Report on the Civil Veterinary Department, Eastern Bengal and Assam - 1907-1911
Year: 1907
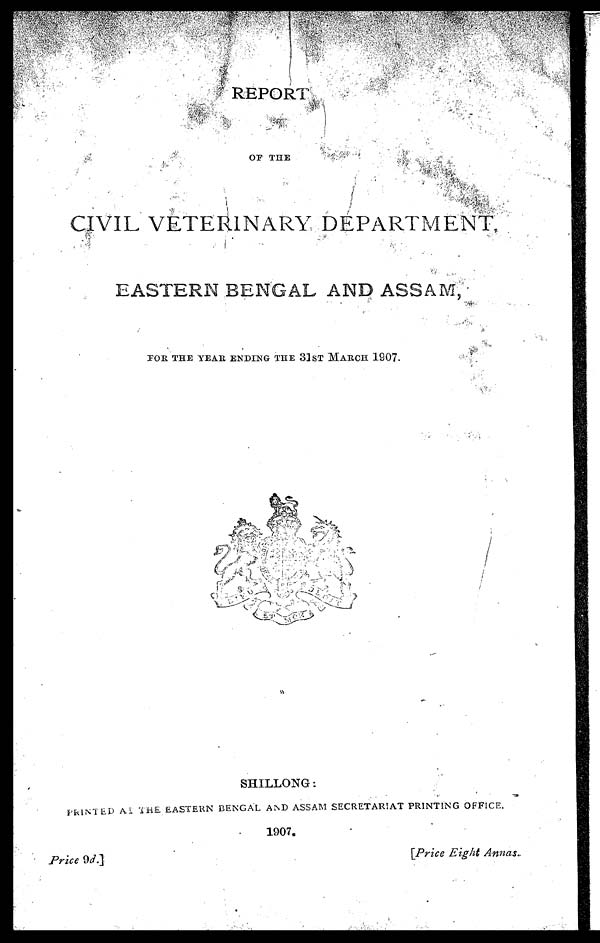
REPORT
OF THE
CIVIL VETERINARY DEPARTMENT,
EASTERN BENGAL AND ASSAM,
FOR THE YEAR ENDING THE 31 ST MARCH 1907.
SHILLONG:
PRINTED At THE EASTERN BENGAL AND ASSAM SECRETARIAT PRINTING OFFICE.
1907.
Price
9d.]
[Price
Eight
Annas.